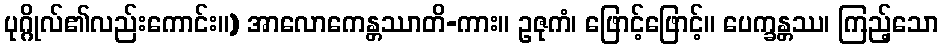
ပုဂ္ဂိုလ်၏လည်းကောင်း။) အာလောကေန္တဿာတိ-ကား။ ဥဇုကံ၊ ဖြောင့်ဖြောင့်။ ပေက္ခန္တဿ၊ ကြည့်သော